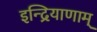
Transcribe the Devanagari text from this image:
इन्द्रियाणाम्